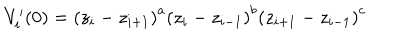
LaTeX: V _ { i } ^ { \prime } ( 0 ) = \left( z _ { i } - z _ { i + 1 } \right) ^ { a } \left( z _ { i } - z _ { i - 1 } \right) ^ { b } \left( z _ { i + 1 } - z _ { i - 1 } \right) ^ { c }